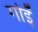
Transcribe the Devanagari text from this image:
गोइँ